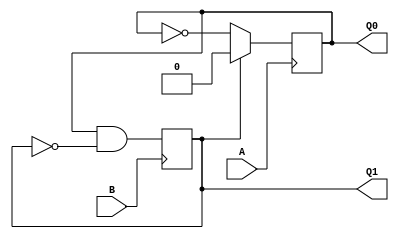
module test1(output reg Q0,Q1, input A,B);
	always @ (posedge A)
		if (Q1) begin
			Q0 <= 1'b0; end
		else begin
			Q0 <= ~Q0; end
	always @ (posedge B)
		Q1 <= Q0&(~Q1);
endmodule